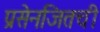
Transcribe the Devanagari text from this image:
प्रसेनजितची